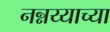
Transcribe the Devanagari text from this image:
नन्नय्याच्या